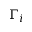
\Gamma _ { i }